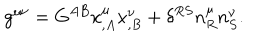
g ^ { \mu \nu } = G ^ { A B } x _ { , A } ^ { \mu } x _ { , B } ^ { \nu } + \delta ^ { R S } n _ { R } ^ { \mu } n _ { S } ^ { \nu } .